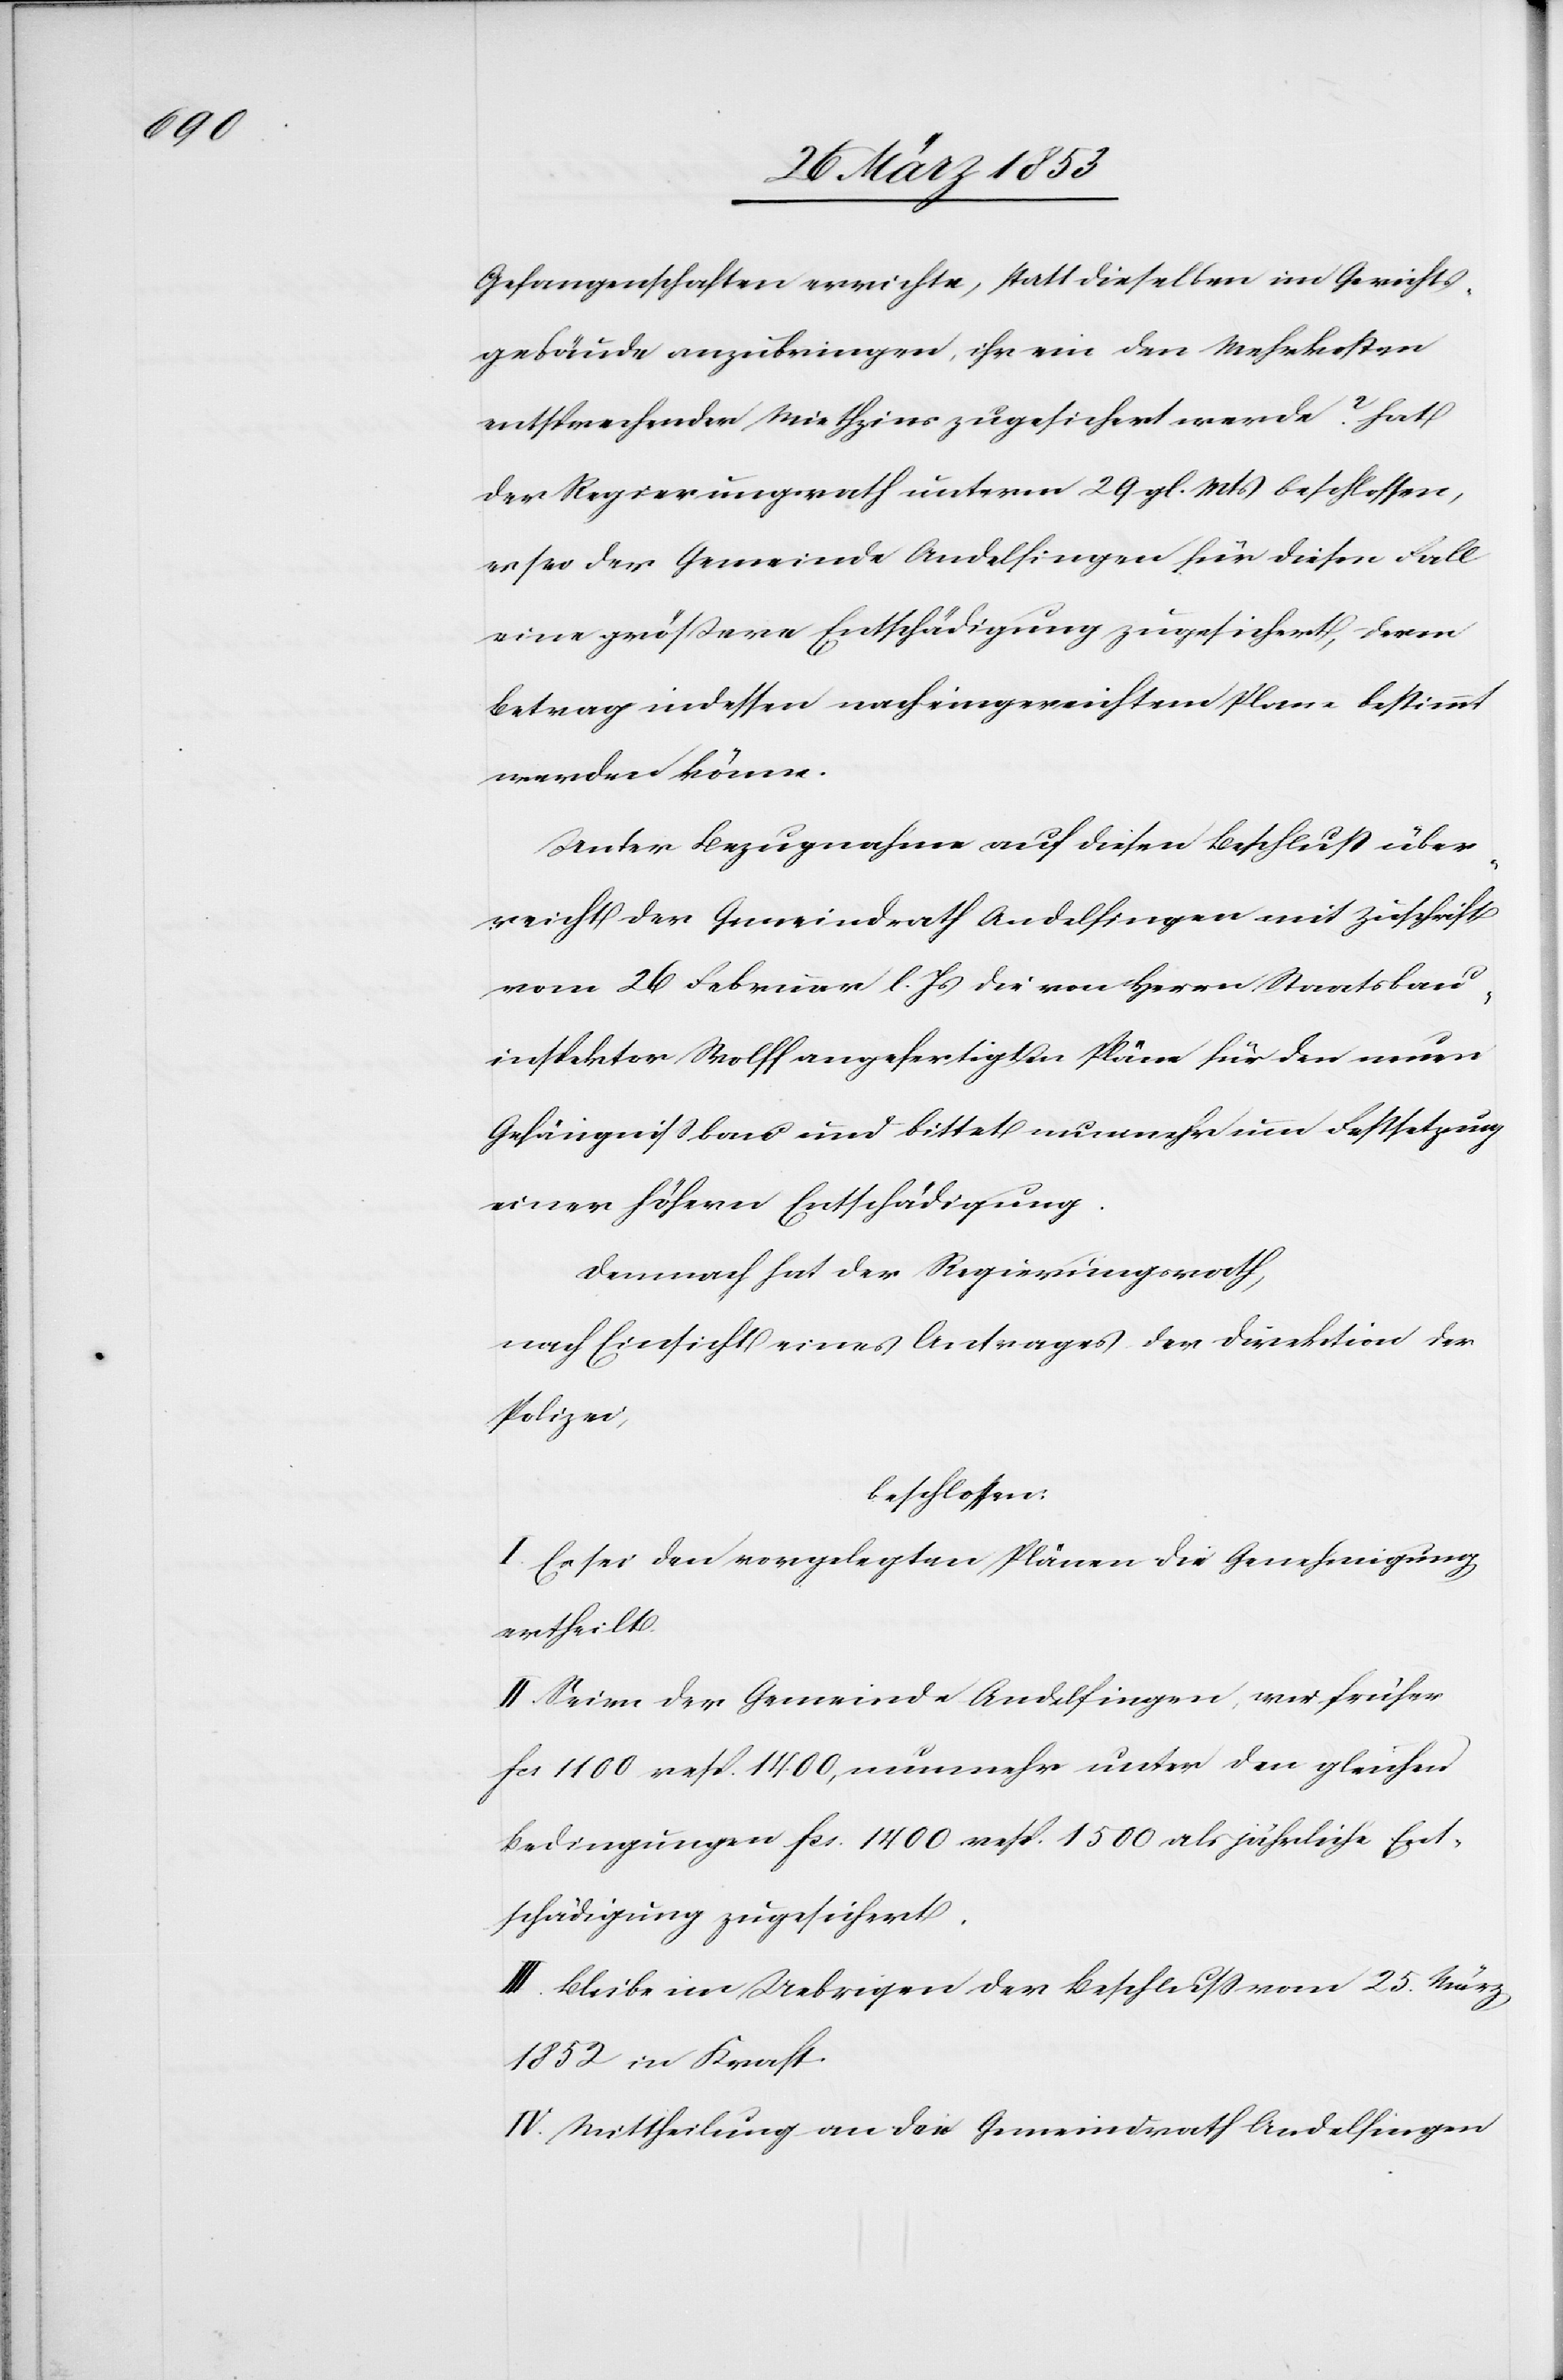
Gefangenschaften errichte, statt dieselben im Gerichts¬
gebäude anzubringen, ihr ein den Mehrkosten
entsprechenden Miethzins zugesichert werde? Hat
der Regierungsrath unterm 29 gl. Mts. beschlossen,
es sei der Gemeinde Andelfingen für diesen Fall
eine größere Entschädigung zugesichert, deren
Betrag indessen nach eingereichtem Plane bestimmt
werden könne.
Unter Bezugnahme auf diesen Beschluß über¬
reicht der Gemeindrath Andelfingen mit Zuschrift
vom 26 Februar l. Js. die von Herrn Staatsbau¬
inspektor Wolff angefertigten Pläne für den neuen
Gefängnißbau und bittet nunmehr um Festsetzung
einer höhern Entschädigung.
Demnach hat der Regierungsrath,
nach Einsicht eines Antrages der Direktion der
Polizei
beschlossen:
I. Es sei den vorgelegten Plänen die Genehmigung
ertheilt.
II. Seien der Gemeinde Andelfingen, wie früher
fcs. 1100 resp. 1400, nunmehr unter der gleichen
Bedingungen fcs. 1400 resp. 1500 als jährliche Ent¬
schädigung zugesichert.
III. Bleibe im Uebrigen der Beschluß vom 25 März
1852 in Kraft.
IV. Mittheilung an den Gemeindrath Andelfingen